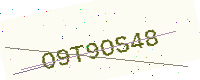
Text: O9T9OS48